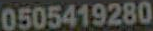
0505419280